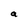
Character: a